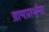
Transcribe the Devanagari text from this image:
ग्रामप्रार्थना